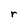
Character: r